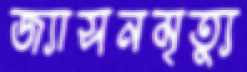
জ্যাসনমৃত্যু